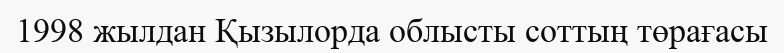
1998 жылдан Қызылорда облысты соттың төрағасы